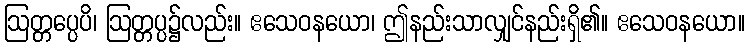
ဩတ္တပ္ပေပိ၊ ဩတ္တပ္ပ၌လည်း။ ဧသေဝနယော၊ ဤနည်းသာလျှင်နည်းရှိ၏။ ဧသေဝနယော။